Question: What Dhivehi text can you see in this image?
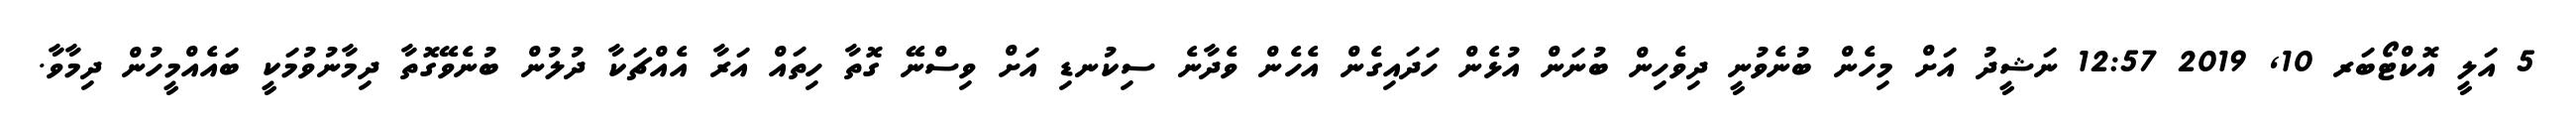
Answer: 5 އަލީ އޮކްޓޯބަރ 10, 2019 12:57 ނަޝީދު އަށް މިހެން ބުނެވުނީ ދިވެހިން ބުނަން އުޅެން ހަދައިގެން އެހެން ވެދާނެ ސިކުނޑި އަށް ވިސްނޭ ގޮތާ ހިތައް އަރާ އެއްޗަކާ ދުލުން ބުނެވޭގޮތާ ދިމާނުވުމަކީ ބައެއްމީހުން ދިމާވާ.